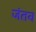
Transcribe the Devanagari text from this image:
जंतव